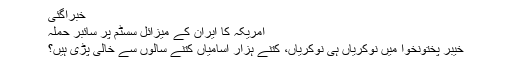
خبرآگئی
امریکہ کا ایران کے میزائل سسٹم پر سائبر حملہ
خیبر پختونخوا میں نوکریاں ہی نوکریاں، کتنے ہزار آسامیاں کتنے سالوں سے خالی پڑی ہیں؟